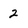
Character: 2